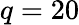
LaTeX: q=20